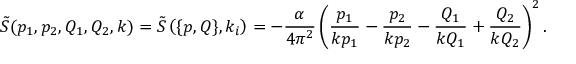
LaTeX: \tilde { S } ( p _ { 1 } , p _ { 2 } , Q _ { 1 } , Q _ { 2 } , k ) = \tilde { S } \left( \{ p , Q \} , k _ { i } \right) = - \frac { \alpha } { 4 \pi ^ { 2 } } \left( \frac { p _ { 1 } } { k p _ { 1 } } - \frac { p _ { 2 } } { k p _ { 2 } } - \frac { Q _ { 1 } } { k Q _ { 1 } } + \frac { Q _ { 2 } } { k Q _ { 2 } } \right) ^ { 2 } .